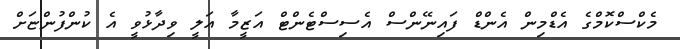
މެކްސްކޮމްގެ އެޑްމިން އެންޑް ފައިނޭންސް އެސިސްޓެންޓް އަޒީމާ އަލީ ވިދާޅުވީ އެ ކުންފުންޏަށް